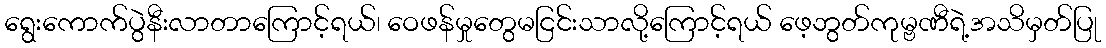
ရွေးကောက်ပွဲနီးလာတာကြောင့်ရယ်၊ ဝေဖန်မှုတွေမငြင်းသာလို့ကြောင့်ရယ် ဖေ့ဘွတ်ကုမ္ဗဏီရဲ့အသိမှတ်ပြု